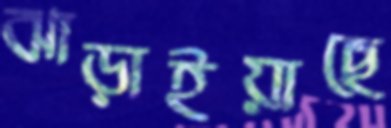
ঝাড়াইয়াছে